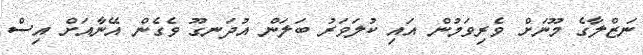
ނަޒްލާގެ މޫނަށް ވެރިވަމުން އައި ކުލަވަރު ބަލަން އުދަނގޫ ވެގެން އޭނާއަށް އިސް